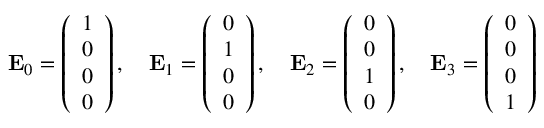
\mathbf { E } _ { 0 } = { \left( \begin{array} { l } { 1 } \\ { 0 } \\ { 0 } \\ { 0 } \end{array} \right) } \, , \quad \mathbf { E } _ { 1 } = { \left( \begin{array} { l } { 0 } \\ { 1 } \\ { 0 } \\ { 0 } \end{array} \right) } \, , \quad \mathbf { E } _ { 2 } = { \left( \begin{array} { l } { 0 } \\ { 0 } \\ { 1 } \\ { 0 } \end{array} \right) } \, , \quad \mathbf { E } _ { 3 } = { \left( \begin{array} { l } { 0 } \\ { 0 } \\ { 0 } \\ { 1 } \end{array} \right) }